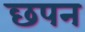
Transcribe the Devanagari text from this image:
छपन